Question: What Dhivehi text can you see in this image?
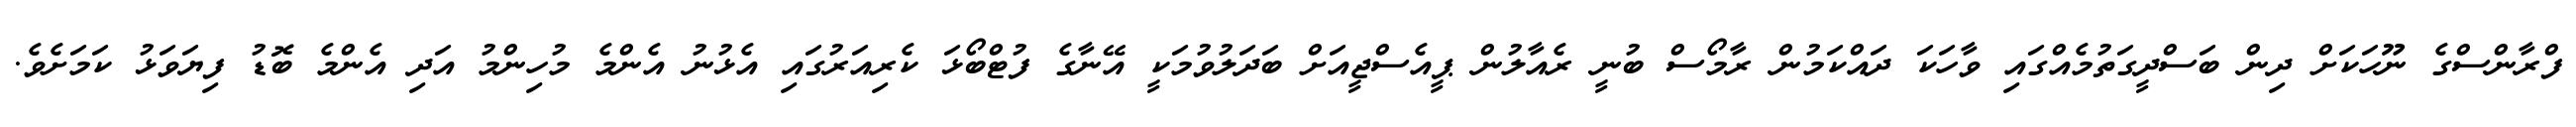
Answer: ފްރާންސްގެ ނޫހަކަށް ދިން ބަސްދީގަތުމެއްގައި ވާހަކަ ދައްކަމުން ރާމޯސް ބުނީ ރެއާލުން ޕީއެސްޖީއަށް ބަދަލުވުމަކީ އޭނާގެ ފުޓްބޯޅަ ކެރިއަރުގައި އެޅުނު އެންމެ މުހިންމު އަދި އެންމެ ބޮޑު ފިޔަވަޅު ކަމަށެވެ.